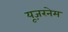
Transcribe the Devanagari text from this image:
यूज़रनेम